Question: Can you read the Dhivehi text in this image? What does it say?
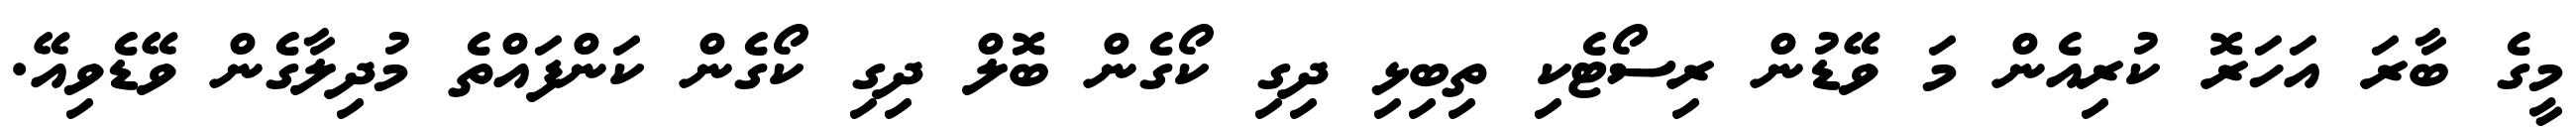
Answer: މީގެ ބާރަ އަހަރޮ ކުރިއެން މަ ވޭޑުން ރިސޯޓެކި ތިބިޅި ދިގި ކޯގެން ބޮލް ދިގި ކޯގެން ކަންފައްތެ މުދިލާގެން ވޭޑެވިއޭ.